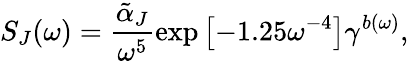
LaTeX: S_{J}(\omega)=\frac{\tilde{\alpha}_{J}}{\omega^{5}}\exp{\left[-1.25\omega^{-4}\right]}\gamma^{b(\omega)},